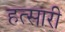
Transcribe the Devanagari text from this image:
हत्सारी